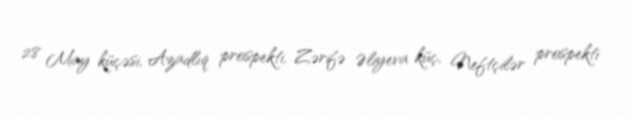
28 May küçəsi, Azadlıq prospekti, Zərifə Əliyeva küç, Neftçilər prospekti